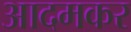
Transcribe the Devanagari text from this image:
आदमकर